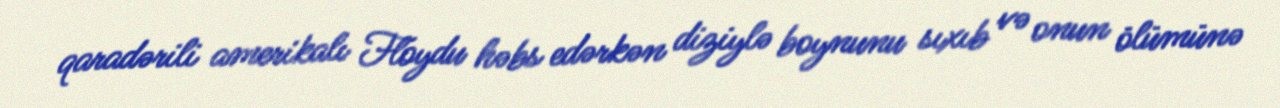
qaradərili amerikalı Floydu həbs edərkən diziylə boynunu sıxıb və onun ölümünə